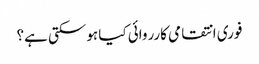
فوری انتقامی کارروائی کیا ہوسکتی ہے؟